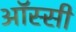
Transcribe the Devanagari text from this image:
ऑस्सी